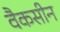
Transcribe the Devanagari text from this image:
वैकसीन